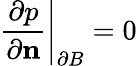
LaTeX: \displaystyle\left.\frac{\partial p}{\partial\mathbf{n}}\right\rvert_{\partial B}=0